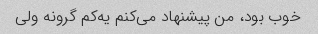
خوب بود، من پیشنهاد می‌کنم یه‌کم گرونه ولی